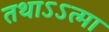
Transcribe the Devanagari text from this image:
तथाऽऽत्मा